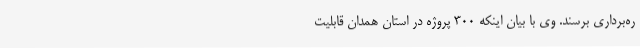
ره‌برداری برسند. وی با بیان اینکه 300 پروژه در استان همدان قابلیت